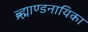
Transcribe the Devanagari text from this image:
ब्र्ह्माण्डनायिका